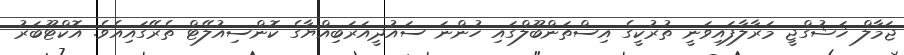
ޖަމާލް ޚަޝުގްޖީ މަރާލާފައިވަނީ ތުރުކީގެ އިސްތަންބޫލްގައި ހުންނަ ސައުދީއަރަބިއްޔާގެ ކޮންސިއުލޭޓް ތެރޭގައިއެވެ. އޮކްޓޫބަރު